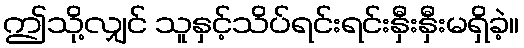
ဤသို့လျှင် သူနှင့်သိပ်ရင်းရင်းနှီးနှီးမရှိခဲ့။